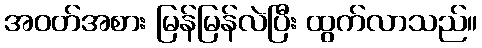
အဝတ်အစား မြန်မြန်လဲပြီး ထွက်လာသည်။